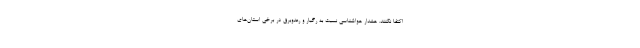
اکتفا نکنند. هشدار هواشناسی نسبت به رگبار و رعدوبرق در برخی استان‌های